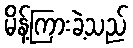
မိန့်ကြားခဲ့သည်